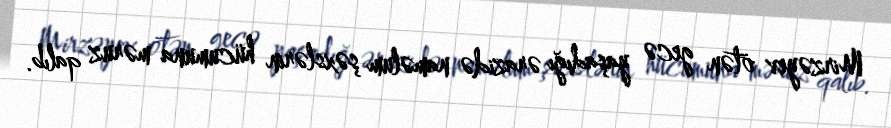
Mirzəyev ötən gecə yaşadığı ərazidə naməlum şəxslərin hücumuna məruz qalıb.